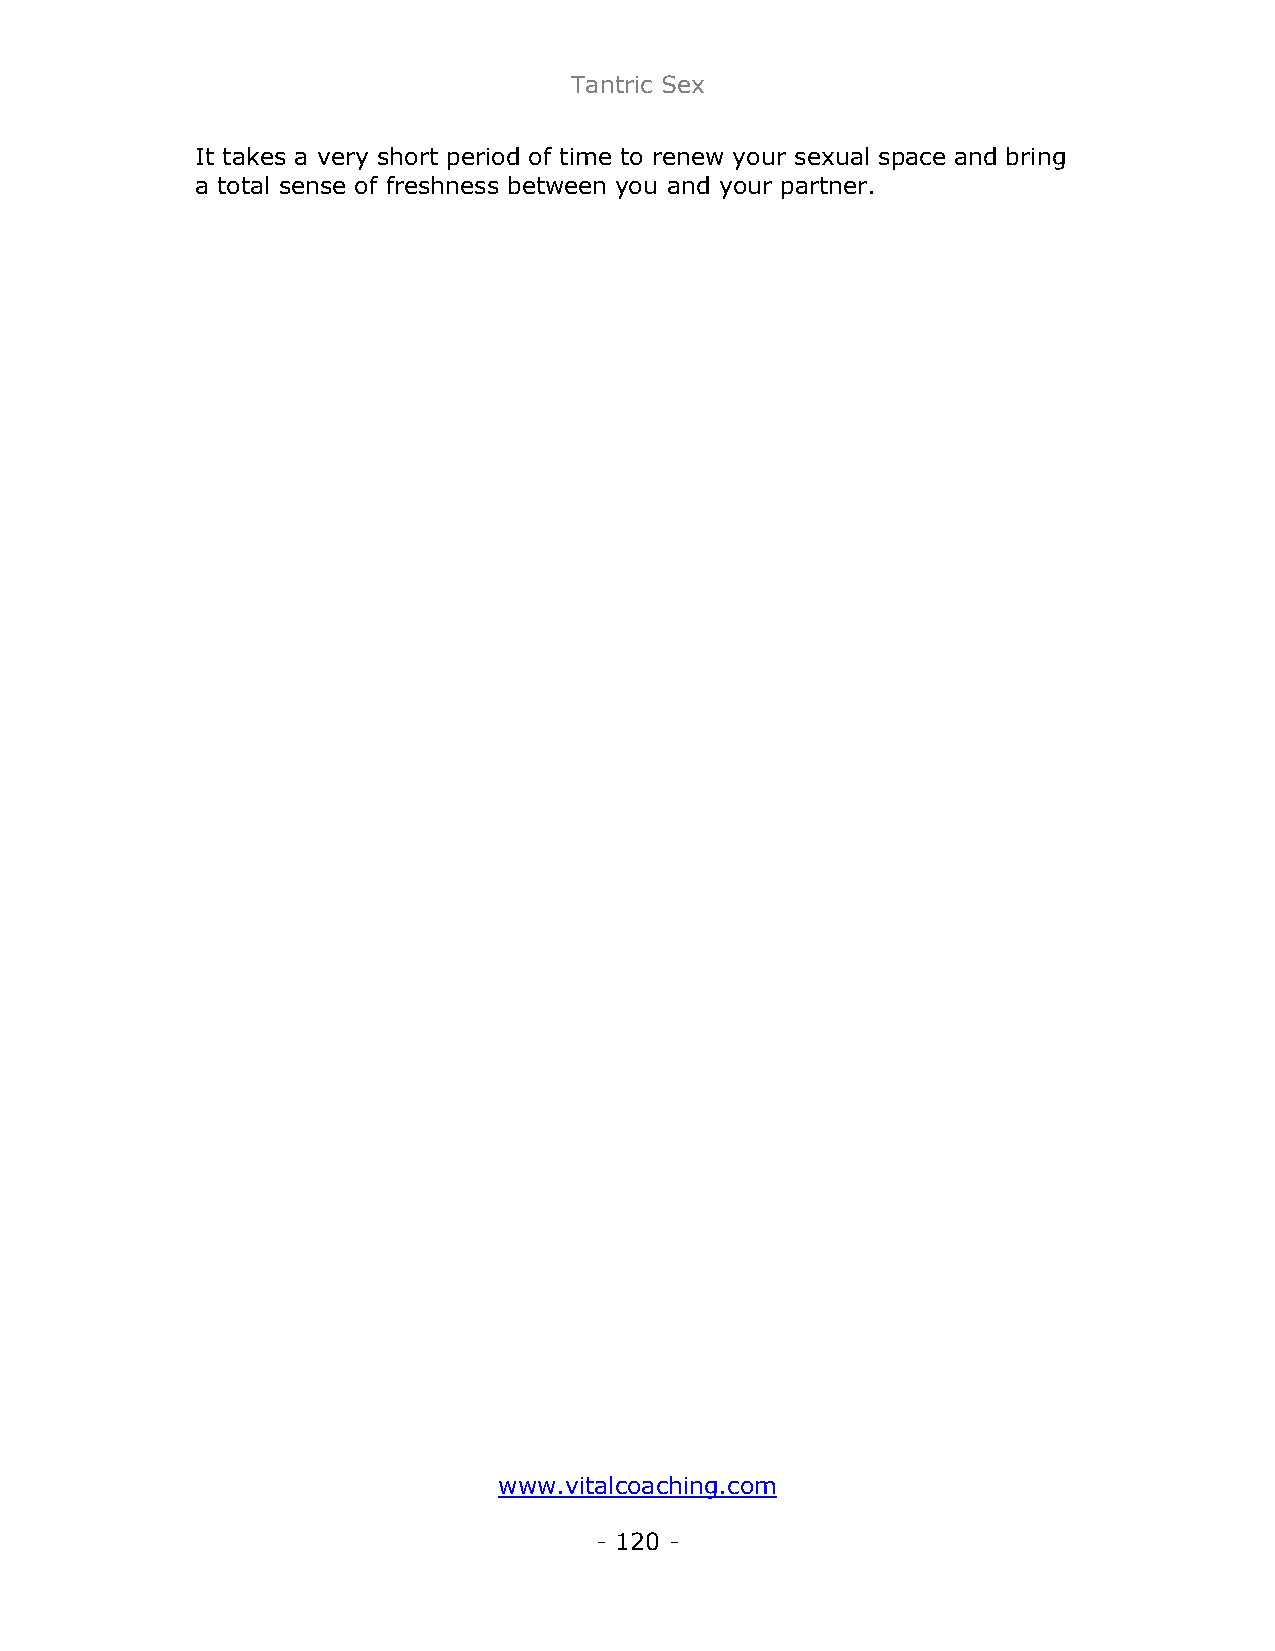
Tantric Sex
 It takes a very short period of time to renew your sexual space and bring
 a total sense of freshness between you and your partner.
 www.vitalcoaching.com
 - 120 -